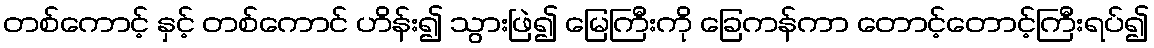
တစ်ကောင့် နှင့် တစ်ကောင် ဟိန်း၍ သွားဖြဲ၍ မြေကြီးကို ခြေကန်ကာ တောင့်တောင့်ကြီးရပ်၍